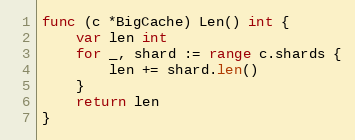
Language: Go
func (c *BigCache) Len() int {
	var len int
	for _, shard := range c.shards {
		len += shard.len()
	}
	return len
}